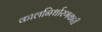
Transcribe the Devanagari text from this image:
कालनिर्धारणकारी